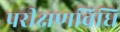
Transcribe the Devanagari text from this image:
परीक्षणविधि